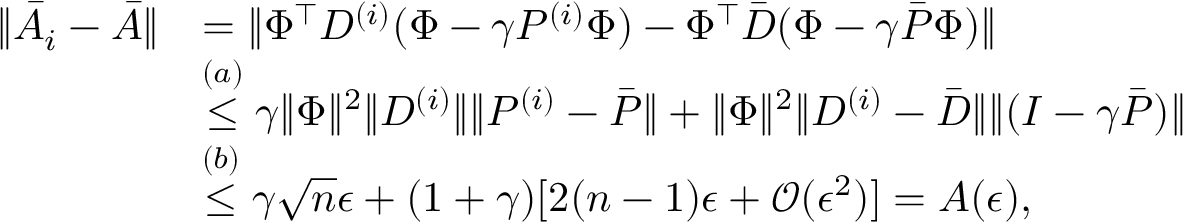
\begin{array} { r l } { \lVert \bar { A } _ { i } - \bar { A } \rVert } & { = \lVert \Phi ^ { \top } D ^ { ( i ) } ( \Phi - \gamma P ^ { ( i ) } \Phi ) - \Phi ^ { \top } \bar { D } ( \Phi - \gamma \bar { P } \Phi ) \rVert } \\ & { \stackrel { ( a ) } { \le } \gamma \lVert \Phi \rVert ^ { 2 } \lVert D ^ { ( i ) } \rVert \lVert P ^ { ( i ) } - \bar { P } \rVert + \lVert \Phi \rVert ^ { 2 } \lVert D ^ { ( i ) } - \bar { D } \rVert \lVert ( I - \gamma \bar { P } ) \rVert } \\ & { \stackrel { ( b ) } { \le } \gamma \sqrt { n } \epsilon + ( 1 + \gamma ) [ 2 ( n - 1 ) \epsilon + \mathcal { O } ( \epsilon ^ { 2 } ) ] = A ( \epsilon ) , } \end{array}